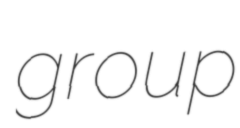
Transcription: group